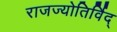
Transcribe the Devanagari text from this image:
राजज्योतिर्विद्